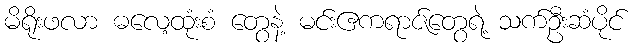
မိရိုးဖလာ ဓလေ့ထုံးစံ တွေနဲ့ မင်းဧကရာဇ်တွေရဲ့ သက်ဦးဆံပိုင်